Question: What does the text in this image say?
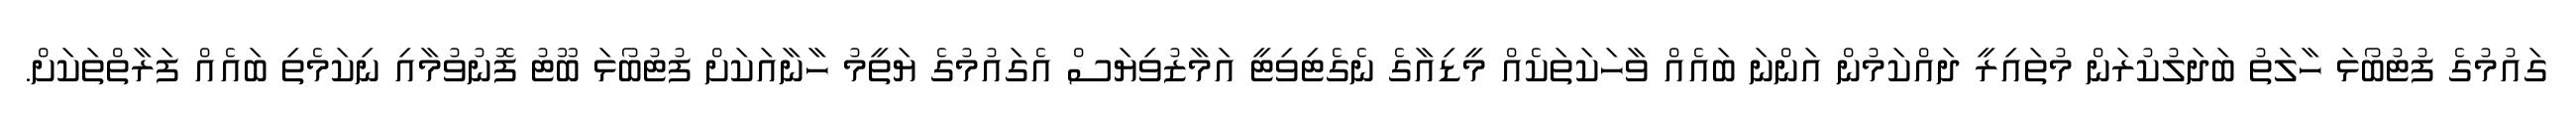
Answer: ގައުމުގެ ފުޓުބޯޅަ ހާލަތު ބަދަލުކުރަން މުތައިރީ ދައްކަމުން އަންނަ ބައެއް ވާހަކަތަކެއް މީޑިއާގެ ނެގެޓިވިޓީ އަމާޒުވިޔަސް އެގައުމުގެ ޔަތީމު ހާނާއަކަށް ފުޓުބޯޅަ ބޫޓު ފޮނުވުމާއި ނިކަމެތި ބައެއް ފަރާތްތަކަށް.